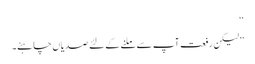
‘‘
’’لیکن رفعت آپ سے ملنے کے لئے صدیاں چاہئے۔